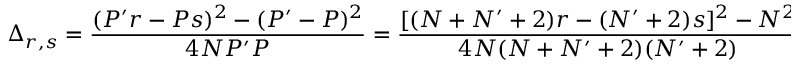
\Delta _ { r , s } = \frac { ( P ^ { \prime } r - P s ) ^ { 2 } - ( P ^ { \prime } - P ) ^ { 2 } } { 4 N P ^ { \prime } P } = \frac { [ ( N + N ^ { \prime } + 2 ) r - ( N ^ { \prime } + 2 ) s ] ^ { 2 } - N ^ { 2 } } { 4 N ( N + N ^ { \prime } + 2 ) ( N ^ { \prime } + 2 ) } .